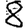
Digit: 8